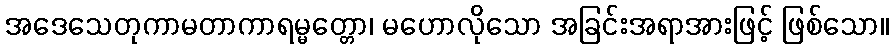
အဒေသေတုကာမတာကာရမ္မတ္တော၊ မဟောလိုသော အခြင်းအရာအားဖြင့် ဖြစ်သော။